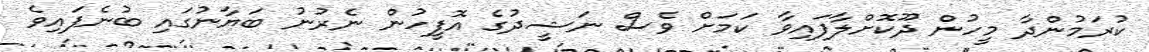
ކުރަމުންދާ މީހުން ދޫކޮށްލާފައިވާ ކަމަށް ވެސް ނަޝީދުގެ އޮފީހުން ނެރުނު ބަޔާނުގައި ބުނެފައިވެ